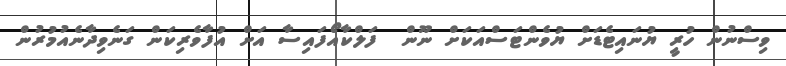
ވިސްނުން ހުރީ ޔުނައިޓެޑަށް ޔުވެންޓަސްއަކަށް ނޫން  ފަލްކާއޯފައިސާ އަށް އުފާވެރިކަން ގަނެވިދާނެއުމުރުން